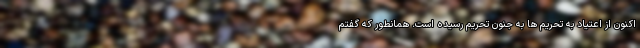
اکنون از اعتیاد به تحریم ها به جنون تحریم رسیده است. همانطور که گفتم